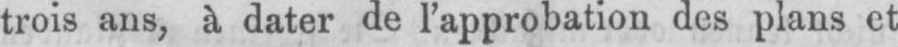
trois ans, à dater de l’approbation des plans et